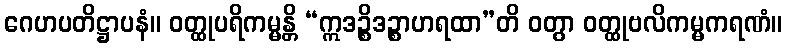
ဂေဟပတိဋ္ဌာပနံ။ ဝတ္ထုပရိကမ္မန္တိ “ဣဒဉ္စိဒဉ္စာဟရထာ”တိ ဝတွာ ဝတ္ထုဗလိကမ္မကရဏံ။